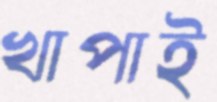
খাপাই